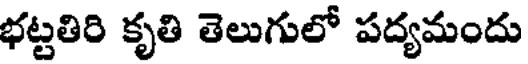
భట్టతిరి కృతి తెలుగులో పద్యమందు